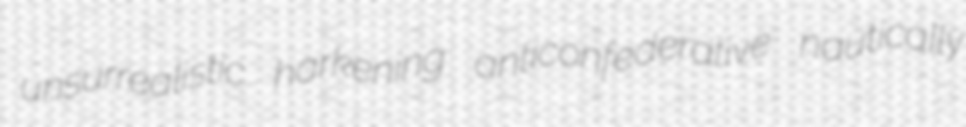
unsurrealistic harkening anticonfederative nautically